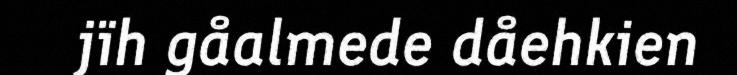
jïh gåalmede dåehkien